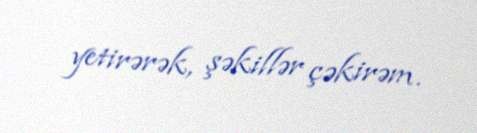
yetirərək, şəkillər çəkirəm.